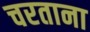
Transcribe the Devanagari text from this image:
चरताना